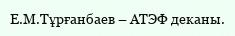
Е.М.Тұрғанбаев – АТЭФ деканы.